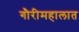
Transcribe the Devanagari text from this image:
गौरीमहालात